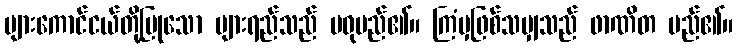
ပျားကောင်ငယ်တို့ပြုသော ပျားရည်သည် မဓုမည်၏။ ကြံမှဖြစ်သမျှသည် ဖာဏိတ မည်၏။